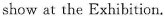
show at the Exhibition.